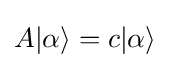
A|\alpha \rangle =c|\alpha \rangle